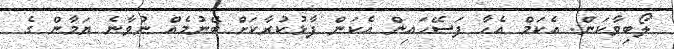
ލޯބިވާކަން. އެކަމް އެހާ ފަސޭހައިން އެކަން ފާޅުކުރާކަށް ބޭނުމެއް ނުވާނެ ޔަމާން ގެ